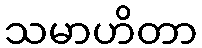
သမာဟိတာ